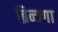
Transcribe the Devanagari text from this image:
ब्रिन्ज्गा